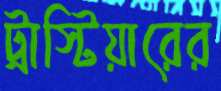
ট্রাস্টিয়ারের